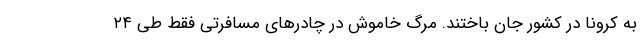
به کرونا در کشور جان باختند. مرگ خاموش در چادرهای مسافرتی فقط طی ۲۴